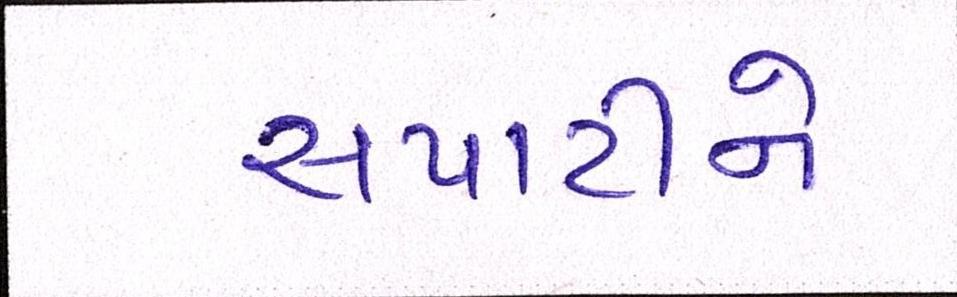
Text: સપાટીને